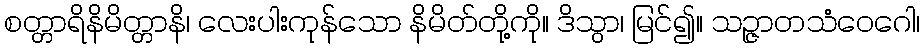
စတ္တာရိနိမိတ္တာနိ၊ လေးပါးကုန်သော နိမိတ်တို့ကို။ ဒိသွာ၊ မြင်၍။ သဉ္ဇာတသံဝေဂေါ၊